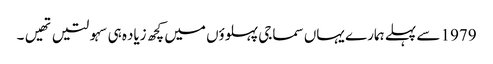
1979 سے پہلے ہمارے یہاں سماجی پہلوؤں میں کچھ زیاده ہی سہولتیں تهیں۔